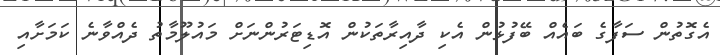
އެގޮތުން ސަފާގެ ބައެއް ބޭފުޅުން އެކި ދާއިރާތަކުން އޮޑިޓަރުންނަށް މައުލޫމާތު ދެއްވާނެ ކަމަށާއި